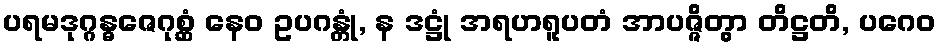
ပရမဒုဂ္ဂန္ဓဇေဂုစ္ဆံ နေဝ ဥပဂန္တုံ, န ဒဋ္ဌုံ အရဟရူပတံ အာပဇ္ဇိတွာ တိဋ္ဌတိ, ပဂေဝ